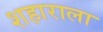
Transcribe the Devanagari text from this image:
शहाराला